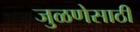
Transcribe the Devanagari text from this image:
जुळणेसाठी